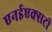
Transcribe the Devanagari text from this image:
एनईएक्सटी